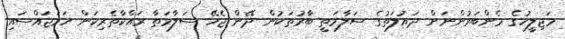
މަޖިލީހުގެ މެންބަރުންނަށް ދައުލަތުގެ ސަލާމަތީ ބާރުތަކުން ދޭން ޖެހޭ ސަލާމަތާ ރައްކާތެރިކަން ހަމަޖައްސައި